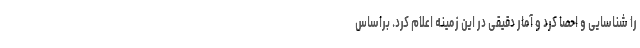
را شناسایی و احصا کرد و آمار دقیقی در این زمینه اعلام کرد. براساس